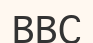
ВВС